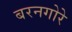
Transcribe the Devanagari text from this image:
बरनगोरे